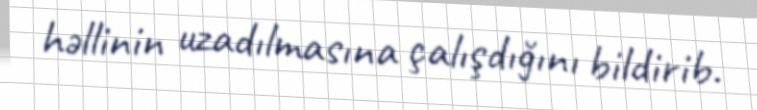
həllinin uzadılmasına çalışdığını bildirib.